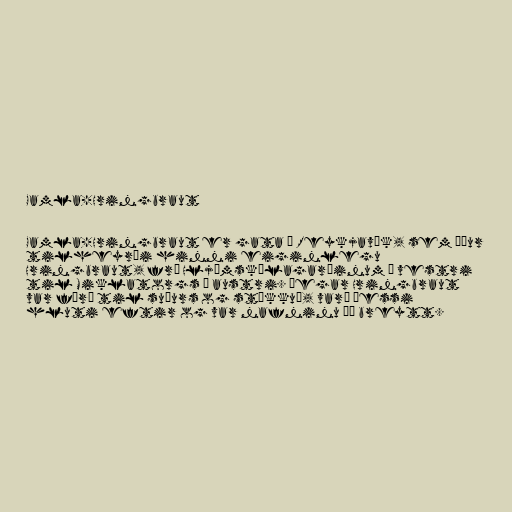
Gamla-Hringbraut

Gamla-Hringbraut er gata í Reykjavík, sem áður
tilheyrði hinni eiginlegu
Hringbraut, frá Hljómskálagarðinum í vestri
til Miklatorgs í austri. Þegar Hringbraut
var færð til suðurs og stækkuð, varð þessi
hluti eftir og var nafninu þá breytt.